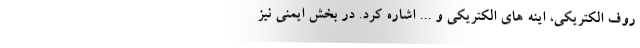
روف الکتریکی، اینه های الکتریکی و ... اشاره کرد. در بخش ایمنی نیز